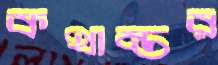
কথান্তর